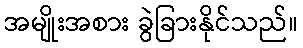
အမျိုးအစား ခွဲခြားနိုင်သည်။